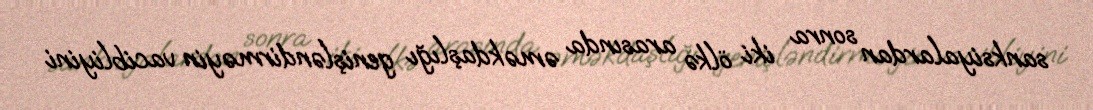
sanksiyalardan sonra iki ölkə arasında əməkdaşlığı genişləndirməyin vacibliyini